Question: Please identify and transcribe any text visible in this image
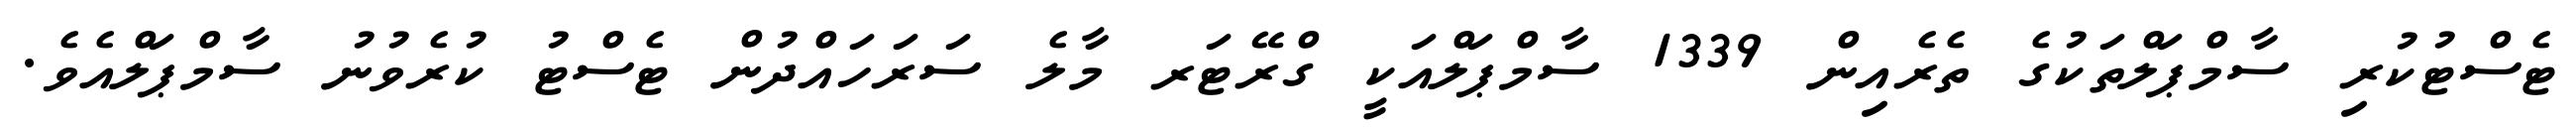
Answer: ޓެސްޓުކުރި ސާމްޕަލްތަކުގެ ތެރެއިން 1339 ސާމްޕަލްއަކީ ގްރޭޓަރ މާލެ ސަރަހައްދުން ޓެސްޓު ކުރެވުނު ސާމްޕަލްއެވެ.